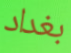
بغداد